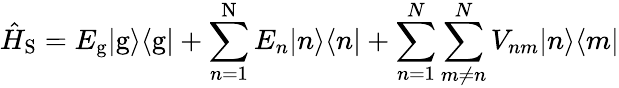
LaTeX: \hat{H}_{\mathrm{S}}=E_{\mathrm{g}}|\mathrm{g}\rangle\langle{\mathrm{g}}|+\sum_{n=1}^{\mathrm{N}}E_{n}|n\rangle\langle{n}|+{\sum_{n=1}^{N}}\sum_{m\neq n}^{N}V_{nm}|n\rangle\langle{m}|